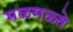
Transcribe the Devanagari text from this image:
मळमळ्ते